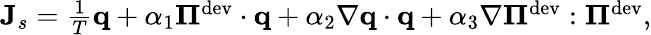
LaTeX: \begin{array}{r}{\mathbf J_{s}=\frac{1}{T}\mathbf q+\alpha_{1}\boldsymbol\Pi^{\textrm{dev}}\cdot\mathbf q+\alpha_{2}\nabla\mathbf q\cdot\mathbf q+\alpha_{3}\nabla\boldsymbol\Pi^{\textrm{dev}}:\boldsymbol\Pi^{\textrm{dev}},}\end{array}